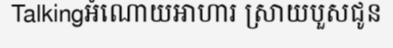
Talkingអំណោយអាហារ ស្រាយបួសជូន